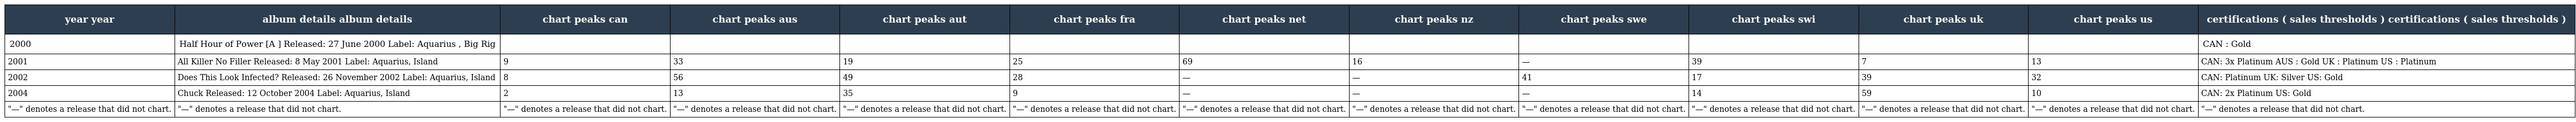
| year year | album details album details | chart peaks can | chart peaks aus | chart peaks aut | chart peaks fra | chart peaks net | chart peaks nz | chart peaks swe | chart peaks swi | chart peaks uk | chart peaks us | certifications ( sales thresholds ) certifications ( sales thresholds ) |
 | --- | --- | --- | --- | --- | --- | --- | --- | --- | --- | --- | --- | --- |
 | 2000 | Half Hour of Power [A ] Released: 27 June 2000 Label: Aquarius , Big Rig |  |  |  |  |  |  |  |  |  |  | CAN : Gold |
 | 2001 | All Killer No Filler Released: 8 May 2001 Label: Aquarius, Island | 9 | 33 | 19 | 25 | 69 | 16 | — | 39 | 7 | 13 | CAN: 3x Platinum AUS : Gold UK : Platinum US : Platinum |
 | 2002 | Does This Look Infected? Released: 26 November 2002 Label: Aquarius, Island | 8 | 56 | 49 | 28 | — | — | 41 | 17 | 39 | 32 | CAN: Platinum UK: Silver US: Gold |
 | 2004 | Chuck Released: 12 October 2004 Label: Aquarius, Island | 2 | 13 | 35 | 9 | — | — | — | 14 | 59 | 10 | CAN: 2x Platinum US: Gold |
 | "—" denotes a release that did not chart. | "—" denotes a release that did not chart. | "—" denotes a release that did not chart. | "—" denotes a release that did not chart. | "—" denotes a release that did not chart. | "—" denotes a release that did not chart. | "—" denotes a release that did not chart. | "—" denotes a release that did not chart. | "—" denotes a release that did not chart. | "—" denotes a release that did not chart. | "—" denotes a release that did not chart. | "—" denotes a release that did not chart. | "—" denotes a release that did not chart. |